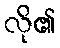
လို၏